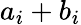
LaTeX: a_{i}+b_{i}